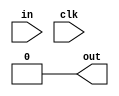
`timescale 1ns / 1ps
//////////////////////////////////////////////////////////////////////////////////
// Company: 
// Engineer: 
// 
// Design Name: 
// Module Name: nedgedet
// Project Name: 
// Target Devices: 
// Tool Versions: 
// Description: 
// 
// Dependencies: 
// 
// Revision:
// Revision 0.01 - File Created
// Additional Comments:
// 
//////////////////////////////////////////////////////////////////////////////////


module nedgedet(input in,clk,output out );
reg q0,q1,d2,w1,d1;
assign in=d1;
always@(clk)
begin
if (clk)
q0<=d1;
w1<=(~q0);
d2<=q0;
q1<=d2;
end

and a1(out,w1,q1);
endmodule